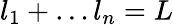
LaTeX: l_{1}+\ldots l_{n}=L